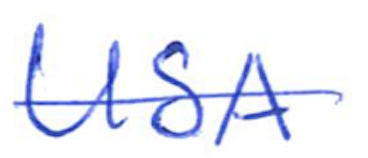
Text: USA
Cross-out: single-line
Writing tool: ballpoint